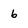
Character: 6